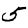
Digit: 5